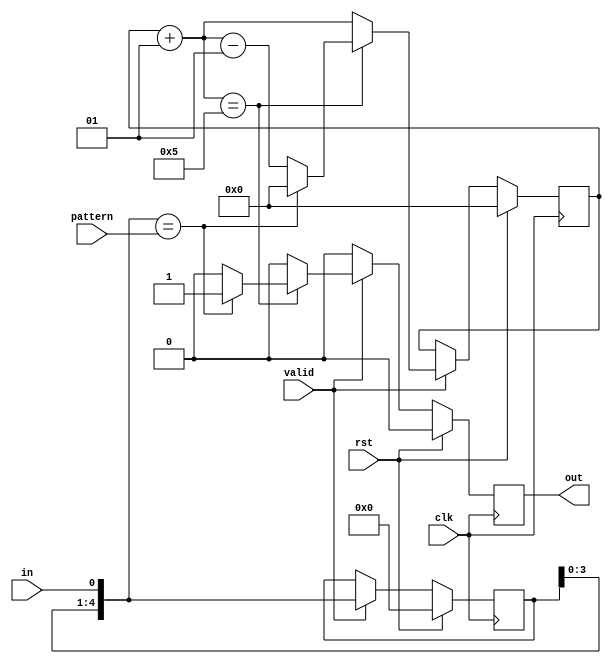
// Dynamic pattern detector implicit style fsm
module dyn_pattern_imp(clk, rst, valid, in, out, pattern);

// N bit pattern detector
parameter BITS = 5;

input clk, rst, valid, in;
input [BITS-1 : 0] pattern;
output reg out;

reg [BITS-1 : 0] buffer;
integer count;

always @ (posedge clk) begin
	if (rst == 1) begin
		buffer = 0;
		out = 0;
		count = 0;
	end
	else begin
		if (valid == 1) begin
			buffer = {buffer[BITS-2 : 0], in};
			count = count + 1;
			if (count == BITS) begin
				if (buffer == pattern) begin
					out = 1;
					// ** NON-OVERLAPPING **
					count = 0;
					// ** OVERLAPPING **
					//count = count -1;
				end
				else begin
					out = 0;
					count = count - 1;
				end
			end
			else out = 0;
		end
		else out = 0;
	end
end

endmodule